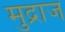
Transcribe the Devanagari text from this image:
मुद्राज